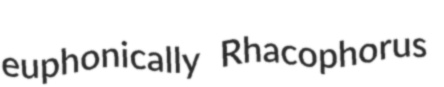
euphonically Rhacophorus